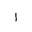
Letter: _alif